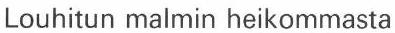
Louhitun malmin heikommasta